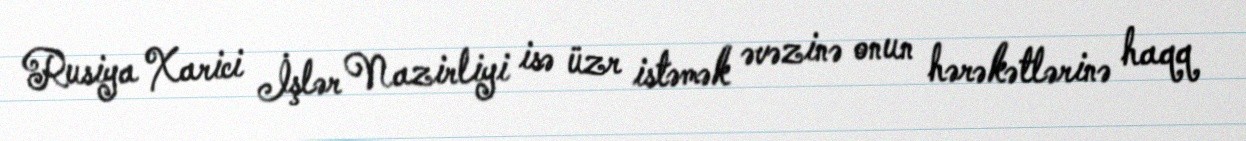
Rusiya Xarici İşlər Nazirliyi isə üzr istəmək əvəzinə onun hərəkətlərinə haqq